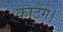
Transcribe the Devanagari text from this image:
काटेंगे।